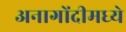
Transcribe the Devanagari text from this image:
अनागोंदीमध्ये